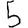
Digit: 5